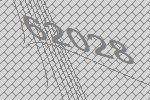
62028